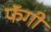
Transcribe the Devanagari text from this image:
फॅगी